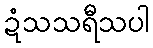
ဍံသသရီသပါ